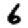
Digit: 6